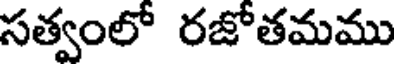
సత్వంలో రజోతమము